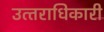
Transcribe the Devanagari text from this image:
उत्‍तराधिकारी